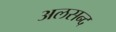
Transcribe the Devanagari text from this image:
अलसन्द